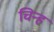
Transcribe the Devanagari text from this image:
चिन्हं